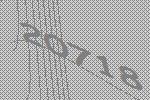
20718